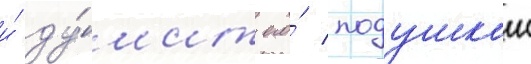
и́ ду́шит его́ подушкои